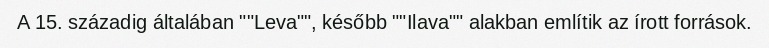
A 15. századig általában ""Leva"", később ""Ilava"" alakban említik az írott források.